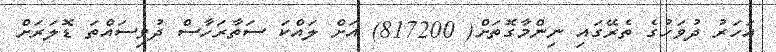
އަހަރު ދުވަހުގެ ތެރޭގައި ނިންމާގޮތަށް( 817200) އަށް ލައްކަ ސަތާރަހާސް ދުވިސައްތަ ޑޮލަރަށް